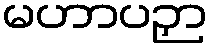
မဟာပဉှာ